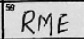
Transcription: RME